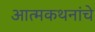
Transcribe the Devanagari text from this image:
आत्मकथनांचे